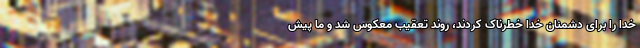
خدا را برای دشمنان خدا خطرناک کردند، روند تعقیب معکوس شد و ما پیش